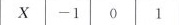
X -1 0 1